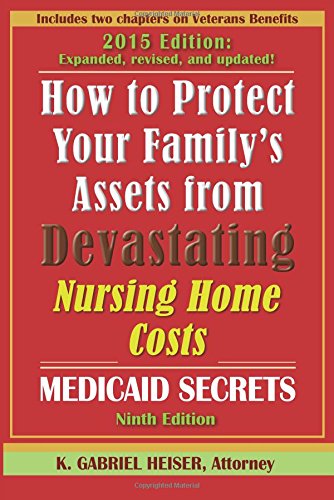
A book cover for How to Protect Your Family's Assets from Devastating Nursing Home Costs: Medicaid Secrets (9th Edition); K. Gabriel Heiser; Medical Books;